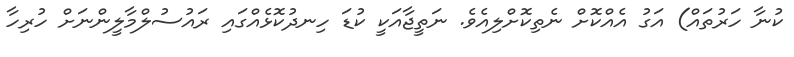
ކުނާ ހަރުތައް) އަގު އެއްކޮށް ނެތިކޮށްލިއެވެ. ނަތީޖާއަކީ ކުޑަ ހިނދުކޮޅެއްގައި ރައުސުލްމާލީންނަށް ހުރިހާ